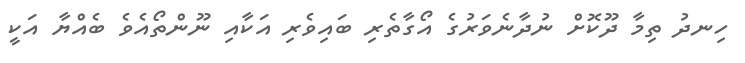
ހިނދު ތިމާ ދޫކޮށް ނުދާނެވަރުގެ އޯގާތެރި ބައިވެރި އަކާއި ނޫންތޯއެވެ ބެއްޔާ އަކީ